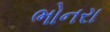
ભોનરા